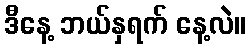
ဒီနေ့ ဘယ်နှရက် နေ့လဲ။